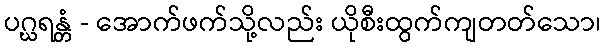
ပဂ္ဃရန္တံ - အောက်ဖက်သို့လည်း ယိုစီးထွက်ကျတတ်သော၊